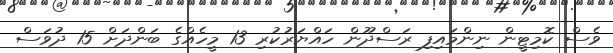
ވެސް ކޮމިޓީން ނިންމައިފި ރަސްދޫން ހައްޔަރުކުރި 13 މީހެއްގެ ބަންދަށް 15 ދުވަސް